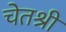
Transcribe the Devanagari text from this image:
चेतश्री